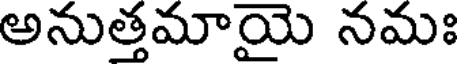
అనుత్తమాయై నమః